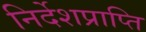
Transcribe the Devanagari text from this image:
निर्देशप्राप्ति